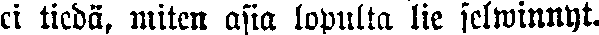
ei tiedä, miten asia lopulta lie selwinnyt.